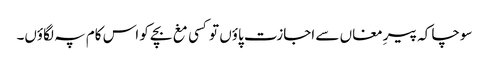
سوچا کہ پیرِ مغاں سے اجازت پاؤں تو کسی مغ بچے کو اس کام پہ لگاؤں۔